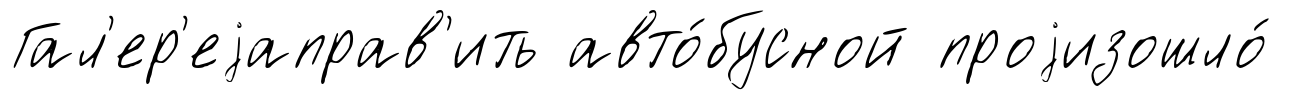
Гал'ер'еjаправ'ить авто́бусной проjизошло́